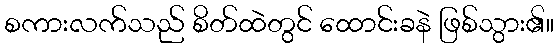
စကားလက်သည် စိတ်ထဲတွင် ထောင်းခနဲ ဖြစ်သွား၏။